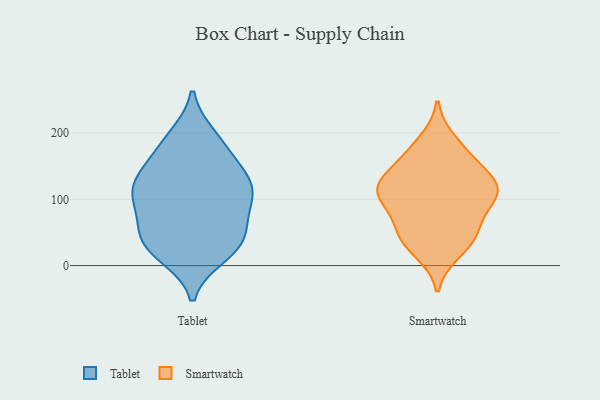
{"axis": {"x": "Waste Production (Tons)", "y": "Value"}, "legend": ["Smartwatch", "Tablet"], "data": [{"x": "", "y": 32, "type": "Tablet"}, {"x": "", "y": 194, "type": "Tablet"}, {"x": "", "y": 123, "type": "Tablet"}, {"x": "", "y": 126, "type": "Tablet"}, {"x": "", "y": 16, "type": "Tablet"}, {"x": "", "y": 112, "type": "Tablet"}, {"x": "", "y": 26, "type": "Tablet"}, {"x": "", "y": 93, "type": "Tablet"}, {"x": "", "y": 51, "type": "Tablet"}, {"x": "", "y": 53, "type": "Tablet"}, {"x": "", "y": 101, "type": "Tablet"}, {"x": "", "y": 129, "type": "Tablet"}, {"x": "", "y": 172, "type": "Tablet"}, {"x": "", "y": 81, "type": "Tablet"}, {"x": "", "y": 31, "type": "Tablet"}, {"x": "", "y": 186, "type": "Tablet"}, {"x": "", "y": 139, "type": "Tablet"}, {"x": "", "y": 106, "type": "Smartwatch"}, {"x": "", "y": 45, "type": "Smartwatch"}, {"x": "", "y": 65, "type": "Smartwatch"}, {"x": "", "y": 55, "type": "Smartwatch"}, {"x": "", "y": 167, "type": "Smartwatch"}, {"x": "", "y": 187, "type": "Smartwatch"}, {"x": "", "y": 156, "type": "Smartwatch"}, {"x": "", "y": 22, "type": "Smartwatch"}, {"x": "", "y": 107, "type": "Smartwatch"}, {"x": "", "y": 113, "type": "Smartwatch"}, {"x": "", "y": 119, "type": "Smartwatch"}, {"x": "", "y": 36, "type": "Smartwatch"}, {"x": "", "y": 113, "type": "Smartwatch"}, {"x": "", "y": 107, "type": "Smartwatch"}, {"x": "", "y": 137, "type": "Smartwatch"}]}